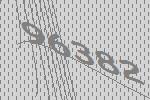
96382